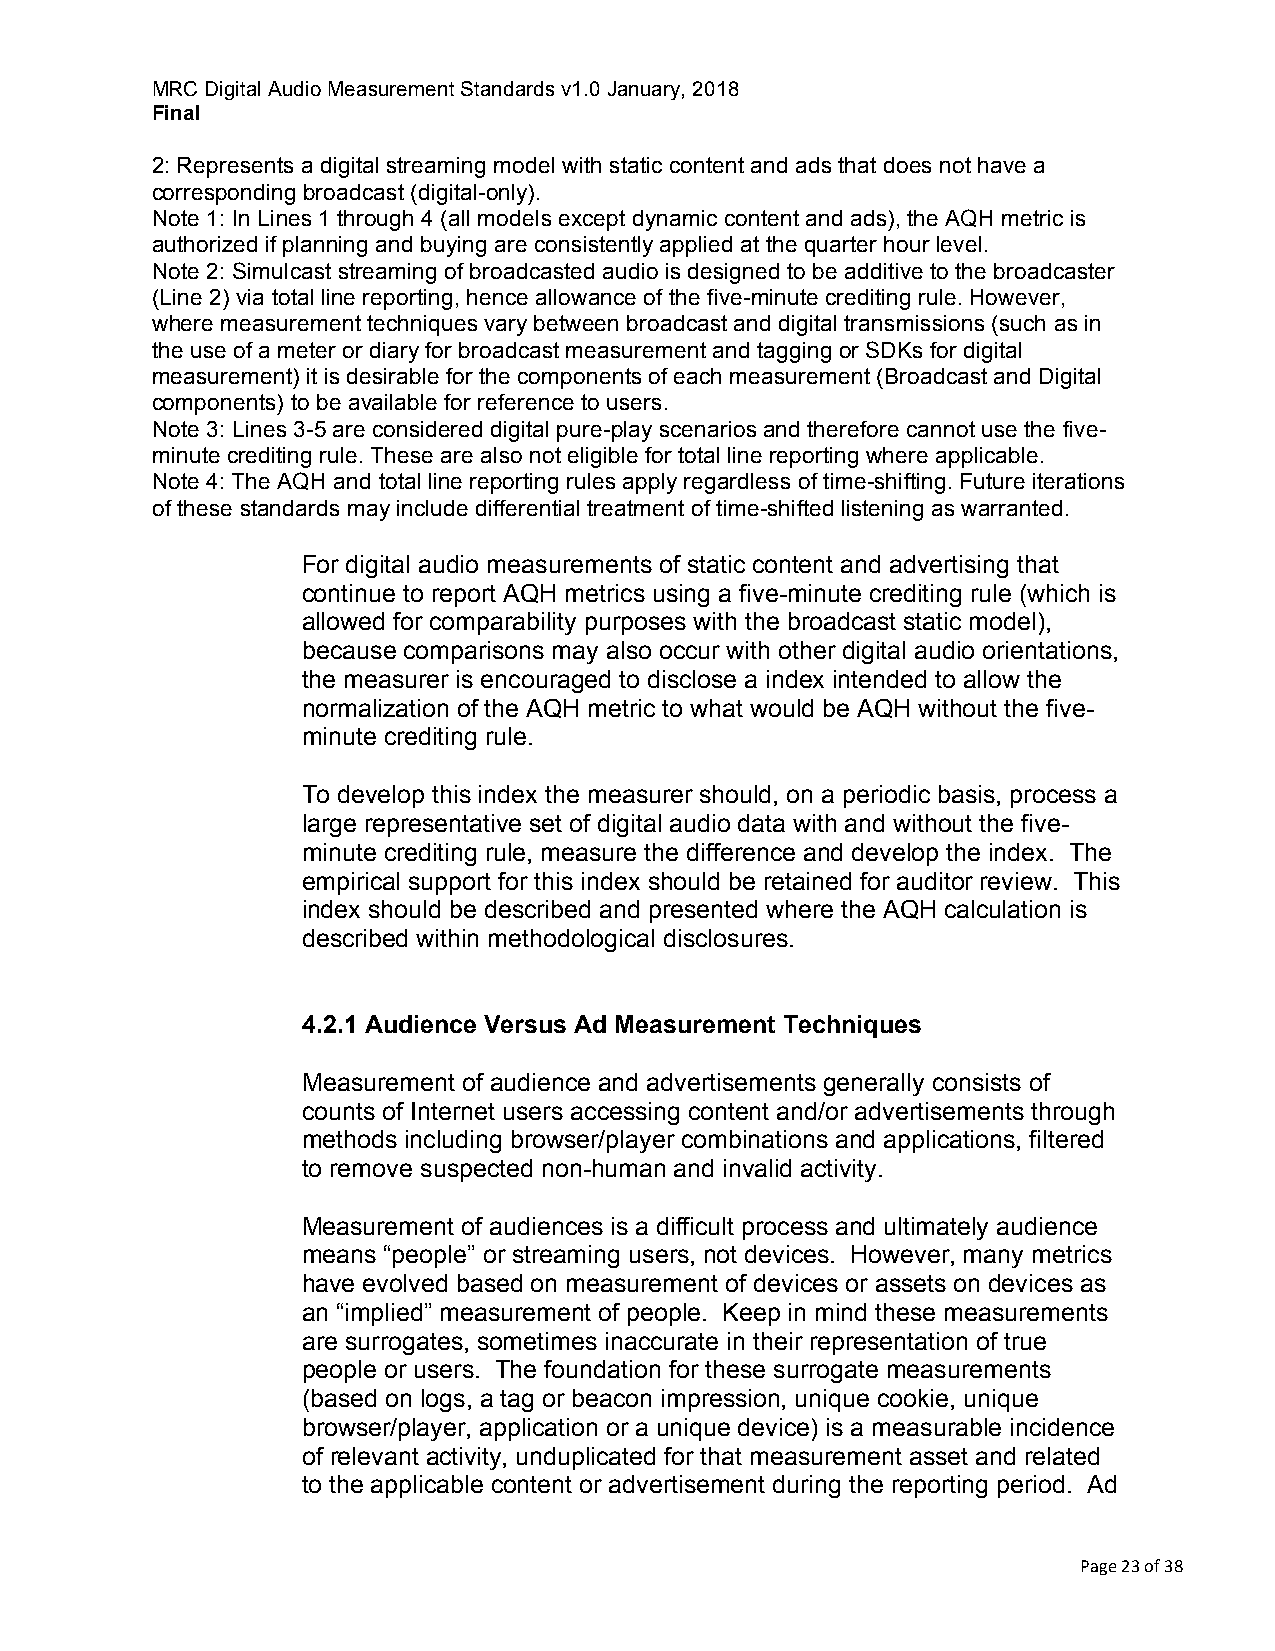
MRC Digital Audio Measurement Standards v1.0 January, 2018
 Final
 2: Represents a digital streaming model with static content and ads that does not have a
 corresponding broadcast (digital-only).
 Note 1: In Lines 1 through 4 (all models except dynamic content and ads), the AQH metric is
 authorized if planning and buying are consistently applied at the quarter hour level.
 Note 2: Simulcast streaming of broadcasted audio is designed to be additive to the broadcaster
 (Line 2) via total line reporting, hence allowance of the five-minute crediting rule. However,
 where measurement techniques vary between broadcast and digital transmissions (such as in
 the use of a meter or diary for broadcast measurement and tagging or SDKs for digital
 measurement) it is desirable for the components of each measurement (Broadcast and Digital
 components) to be available for reference to users.
 Note 3: Lines 3-5 are considered digital pure-play scenarios and therefore cannot use the five-
 minute crediting rule. These are also not eligible for total line reporting where applicable.
 Note 4: The AQH and total line reporting rules apply regardless of time-shifting. Future iterations
 of these standards may include differential treatment of time-shifted listening as warranted.
 For digital audio measurements of static content and advertising that
 continue to report AQH metrics using a five-minute crediting rule (which is
 allowed for comparability purposes with the broadcast static model),
 because comparisons may also occur with other digital audio orientations,
 the measurer is encouraged to disclose a index intended to allow the
 normalization of the AQH metric to what would be AQH without the five-
 minute crediting rule.
 To develop this index the measurer should, on a periodic basis, process a
 large representative set of digital audio data with and without the five-
 minute crediting rule, measure the difference and develop the index. The
 empirical support for this index should be retained for auditor review. This
 index should be described and presented where the AQH calculation is
 described within methodological disclosures.
 4.2.1 Audience Versus Ad Measurement Techniques
 Measurement of audience and advertisements generally consists of
 counts of Internet users accessing content and/or advertisements through
 methods including browser/player combinations and applications, filtered
 to remove suspected non-human and invalid activity.
 Measurement of audiences is a difficult process and ultimately audience
 means “people” or streaming users, not devices. However, many metrics
 have evolved based on measurement of devices or assets on devices as
 an “implied” measurement of people. Keep in mind these measurements
 are surrogates, sometimes inaccurate in their representation of true
 people or users. The foundation for these surrogate measurements
 (based on logs, a tag or beacon impression, unique cookie, unique
 browser/player, application or a unique device) is a measurable incidence
 of relevant activity, unduplicated for that measurement asset and related
 to the applicable content or advertisement during the reporting period. Ad
 Page 23 of 38